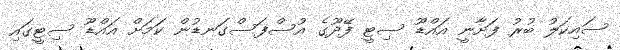
ސައިކަލު ބުރު ފަށާނީ އައްޑޫ ސިޓީ ފޭދޫގެ އުސްފަސްގަނޑުން ކަމަށް އައްޑޫ ސިޓީގައި